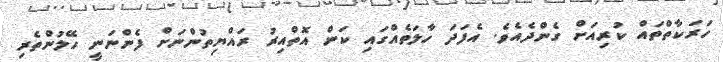
ހަރަކާތްތައް ކުރިއަށް ގެންދެއެވެ. އެފަދަ ހާލަތެއްގައި ކަން އޮތްއިރު ރައްޔިތުންނަށް ފެންނަނީ ހޭލުންތެރި